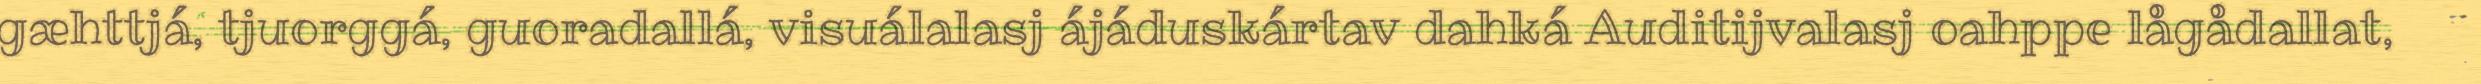
gæhttjá, tjuorggá, guoradallá, visuálalasj ájáduskártav dahká Auditijvalasj oahppe lågådallat,